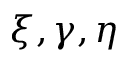
\xi , \gamma , \eta